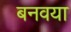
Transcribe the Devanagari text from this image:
बनवया